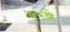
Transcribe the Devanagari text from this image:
७५वे